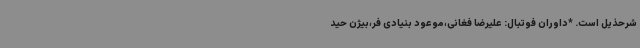
شرحذیل است. *داوران فوتبال: علیرضا فغانی،موعود بنیادی فر،بیژن حید